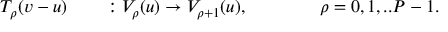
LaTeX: T _ { \rho } ( v - u ) \qquad : V _ { \rho } ( u ) \rightarrow V _ { \rho + 1 } ( u ) , \qquad \qquad \rho = 0 , 1 , . . P - 1 .